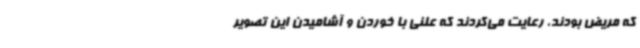
که مریض بودند، رعایت می‌کردند که علنی با خوردن و آشامیدن این تصویر